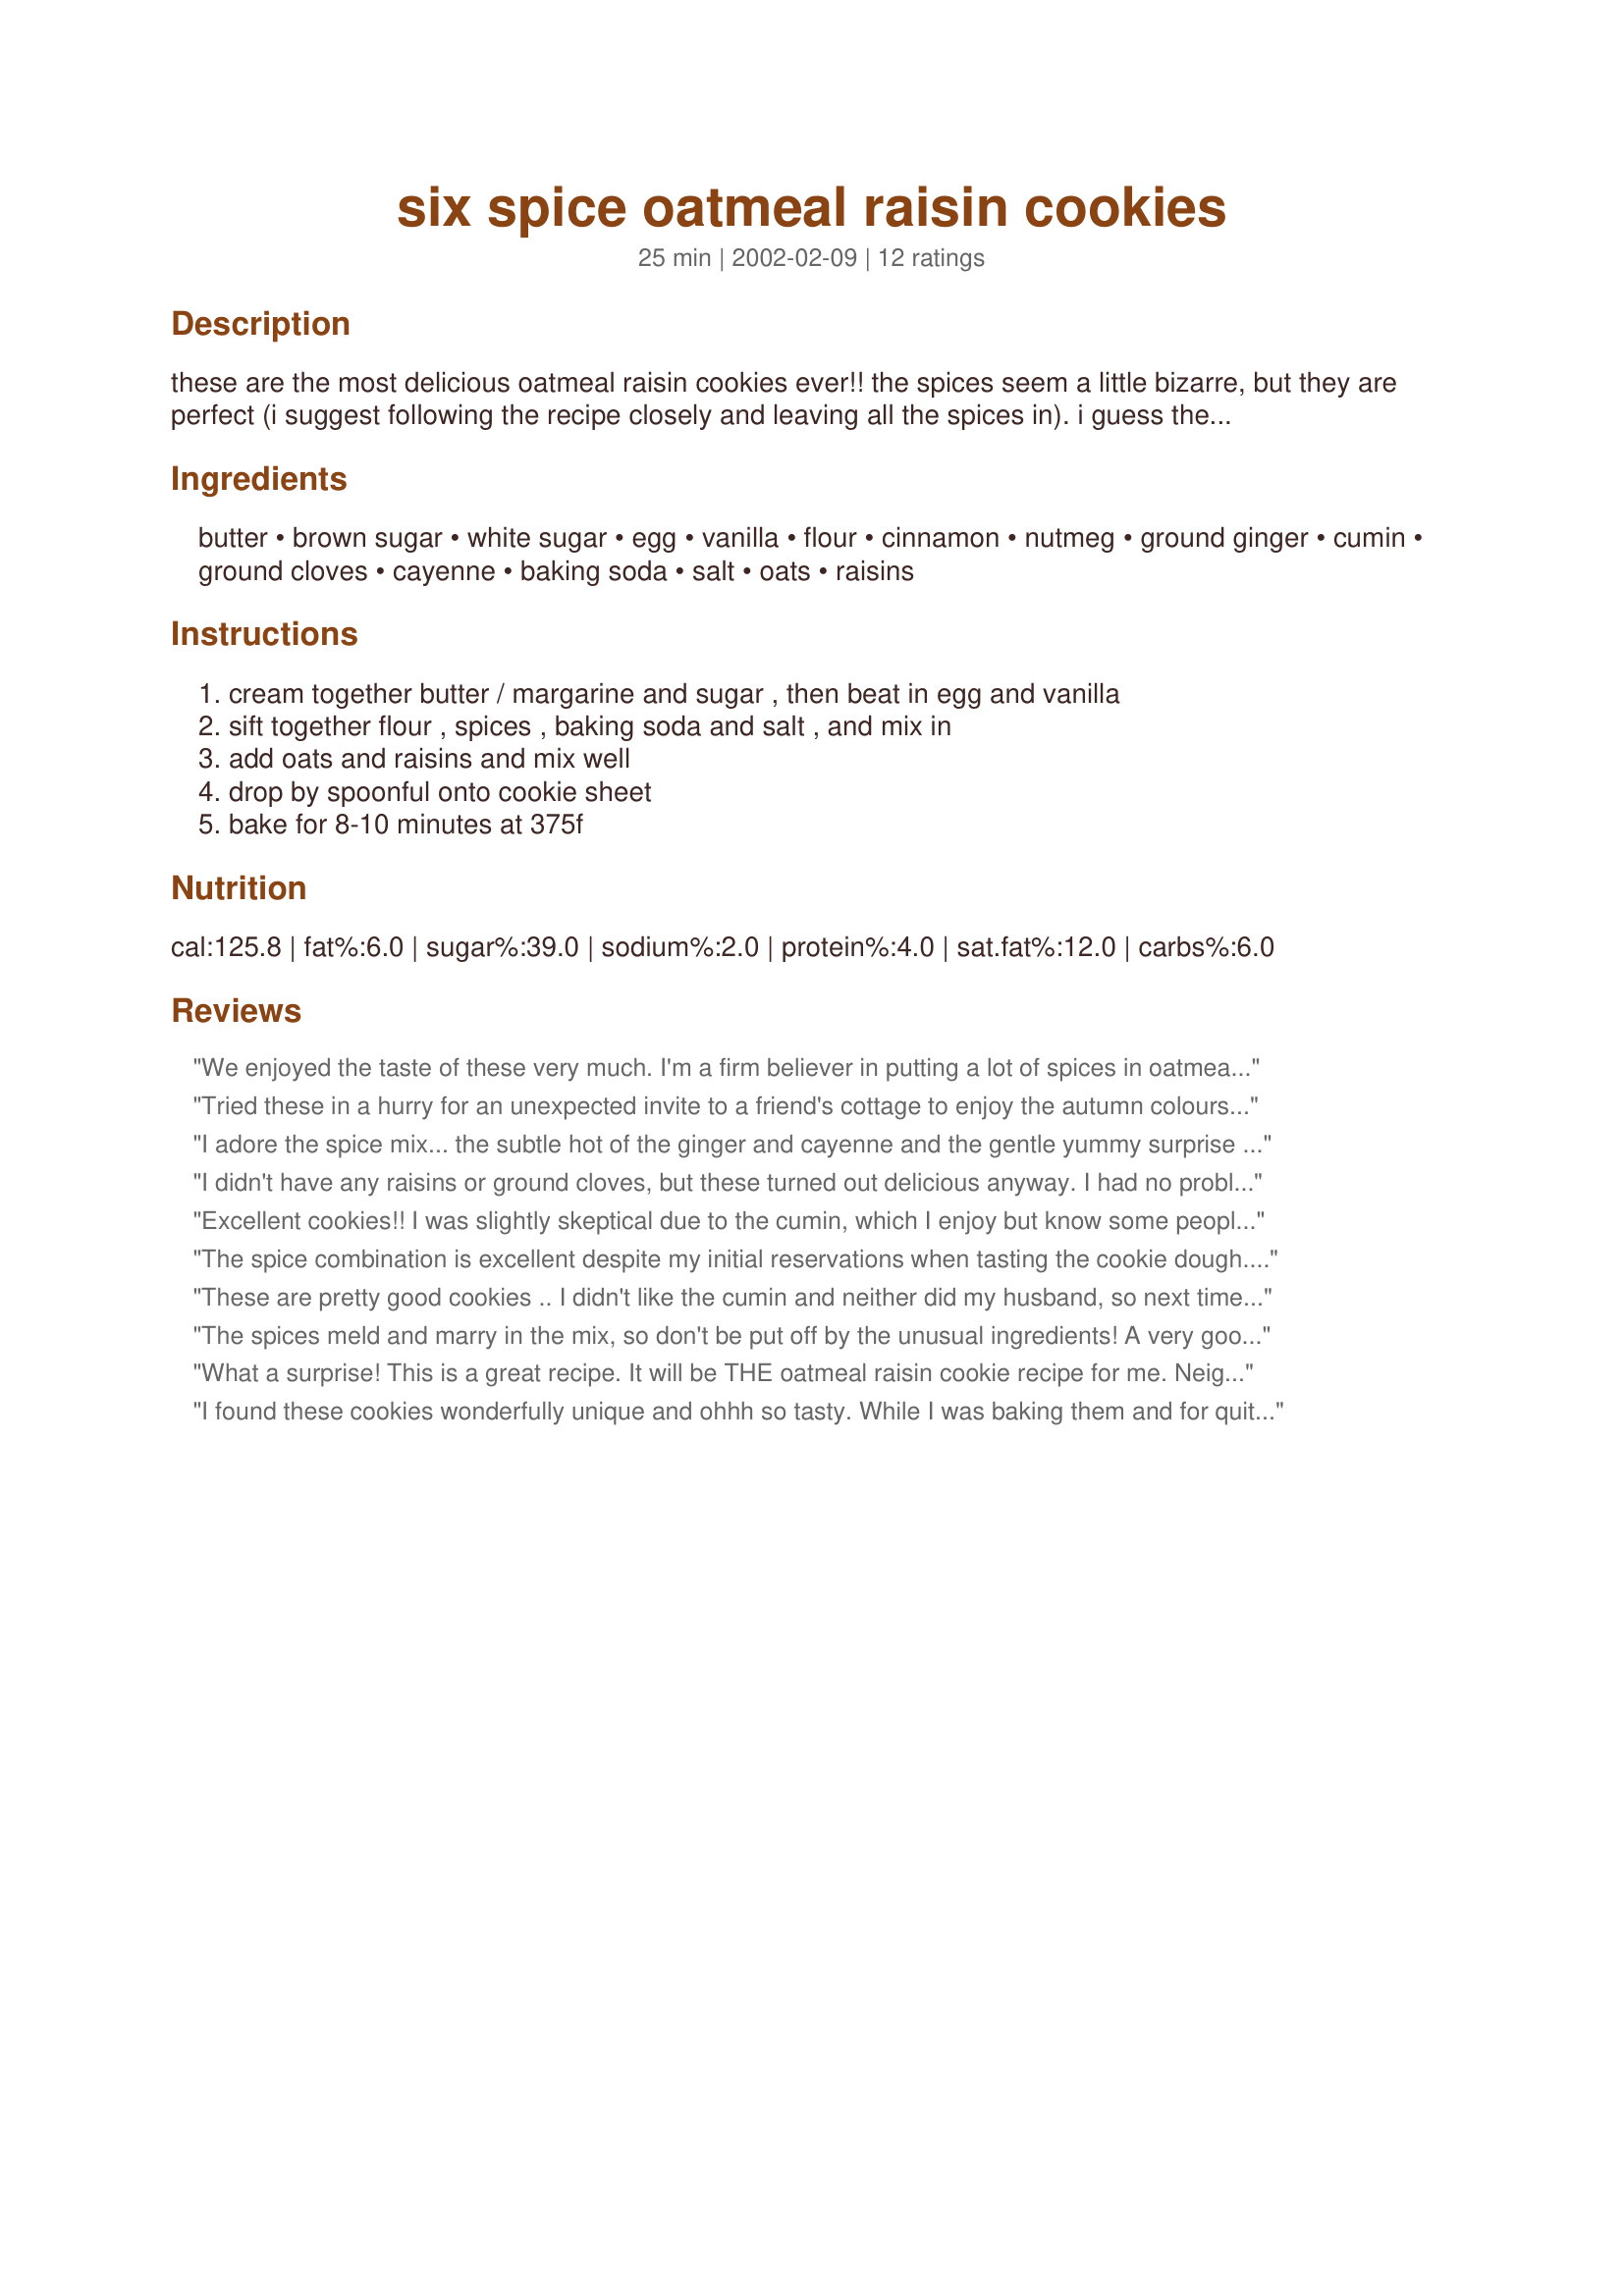
six spice oatmeal raisin cookies
Preparation time: 25 minutes

these are the most delicious oatmeal raisin cookies ever!! the spices seem a little bizarre, but they are perfect (i suggest following the recipe closely and leaving all the spices in). i guess they are more of a sophisticated oatmeal cookie, if such a thing is possible. i think i got this recipe from allrecipes.com.

Ingredients:
butter, brown sugar, white sugar, egg, vanilla, flour, cinnamon, nutmeg, ground ginger, cumin, ground cloves, cayenne, baking soda, salt, oats, raisins

Steps:
cream together butter / margarine and sugar , then beat in egg and vanilla, sift together flour , spices , baking soda and salt , and mix in, add oats and raisins and mix well, drop by spoonful onto cookie sheet, bake for 8-10 minutes at 375f

Reviews:
We enjoyed the taste of these very much. I'm a firm believer in putting a lot of spices in oatmeal cookies, and this recipe definitely fits the bill as far as the taste department goes. The cumin is a great idea, marrying nicely with the other spices. I probably never would have had the courage to try these, but there's a peanut butter cookie recipe here that calls for cayenne pepper and they are just scrumptious, so I knew I had to try these. All of this being said, I can only give this recipe three stars because of their dry and crumbly texture. I'll work with this and see if I can't make a less dry and crumbly cookie. Thank you for posting!
Tried these in a hurry for an unexpected invite to a friend's cottage to enjoy the autumn colours here in Ontario, Canada!

They are delicious and so easy to whip up in my mixer. thanks so much! I'll be making these often.
geoval2
I adore the spice mix... the subtle hot of the ginger and cayenne and the gentle yummy surprise of the cumin. However, texture was a huge issue... the raw dough doesn't hold together even after I hand rolled it into balls, and some of the cookies are very crumbly. An excellent recipe in theory but needs tweaking.
I didn't have any raisins or ground cloves, but these turned out delicious anyway. I had no problem with the cookies being too dry, but I did only use 1 cup of flour, not 1.5 cups. I also cut the sugars and butter back to 3/4c each. Yum!
Excellent cookies!! I was slightly skeptical due to the cumin, which I enjoy but know some people don't care for at all, and was wonderfully surprised...yummy! Just a note for people who are concerned about texture (cake-like as opposed to crispyish) these were in-between to me. Just plain delicious. Thanks for sharing.
The spice combination is excellent despite my initial reservations when tasting the cookie dough. I found it to be a very dry cookie and a tad more butter or other liquid would probably make for a better consistency. They do stick together okay during baking though.
Next time I would make this with chopped dates - now that would be sublime!
These are pretty good cookies .. I didn't like the cumin and neither did my husband, so next time I will leave it out ..
The spices meld and marry in the mix, so don't be put off by the unusual ingredients! A very good cookie: I did act on the warnings of others and added 1/3 cup buttermilk to the mix. The result was a moister cookie, but not cake-like that went very quickly from a plate at work :-)
What a surprise! This is a great recipe. It will be THE oatmeal raisin cookie recipe for me. Neighbors are my testers and they gave it two thumbs up!
I found these cookies wonderfully unique and ohhh so tasty. While I was baking them and for quite awhile afterward my house smelled like a cross between Thanksgiving and Christmas. I think there is nothing better than that smell!!! Thank you so much for this recipe... it gave us all a glimpse of the holidays in the middle of summer.
I followed this recipe exactly, measuring all amounts very carefully, but I have to agree completely with Najwa. Without the cumin the cookies would probably be very tasty. My husband and I felt we just didn't care for oatmeal cookies with an after taste of curry.
Yum! These aren't your average oatmeal raisin cookies... that cumin really adds a nice touch.
